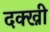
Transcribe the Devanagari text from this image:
दक्ख्नी